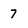
Character: 7